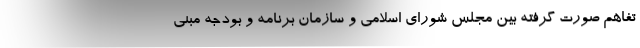
تفاهم صورت گرفته بین مجلس شورای اسلامی و سازمان برنامه و بودجه مبنی